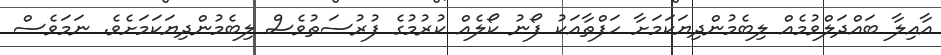
އާއިލާ ބައްދަލްވުމެއް ލިބެމުންދިޔަކަމަށާ ހަފްތާއަކު ފޯނު ކޯލެއް ކުރުމުގެ ފުރުސަތުވެސް ލިބެމުންދިޔަކަމަށެވެ. ނަމަވެސް